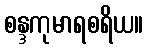
စန္ဒကုမာရစရိယ။